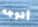
أتوجه